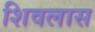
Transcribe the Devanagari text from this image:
शिवलास